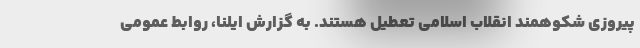
پیروزی شکوهمند انقلاب اسلامی تعطیل هستند. به گزارش ایلنا، روابط عمومی